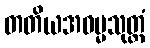
တတိယအဓမ္မသုတ္တံ